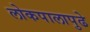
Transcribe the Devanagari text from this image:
लोकपालापुढे